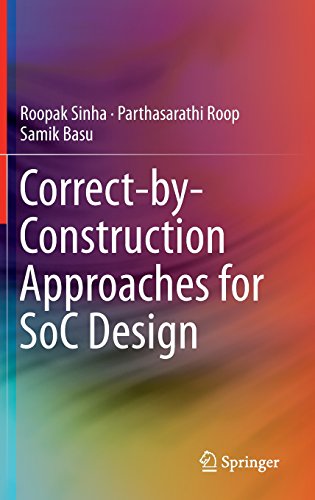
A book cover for Correct-by-Construction Approaches for SoC Design; Roopak Sinha; Computers & Technology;